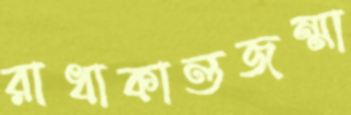
রাধাকান্তজন্মা